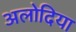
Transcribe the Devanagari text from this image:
अलोदिया